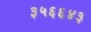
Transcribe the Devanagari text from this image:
३५६६४३